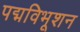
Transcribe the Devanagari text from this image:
पद्मविभूशन